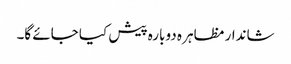
شاندار مظاہر ہ دوبارہ پیش کیا جائے گا۔